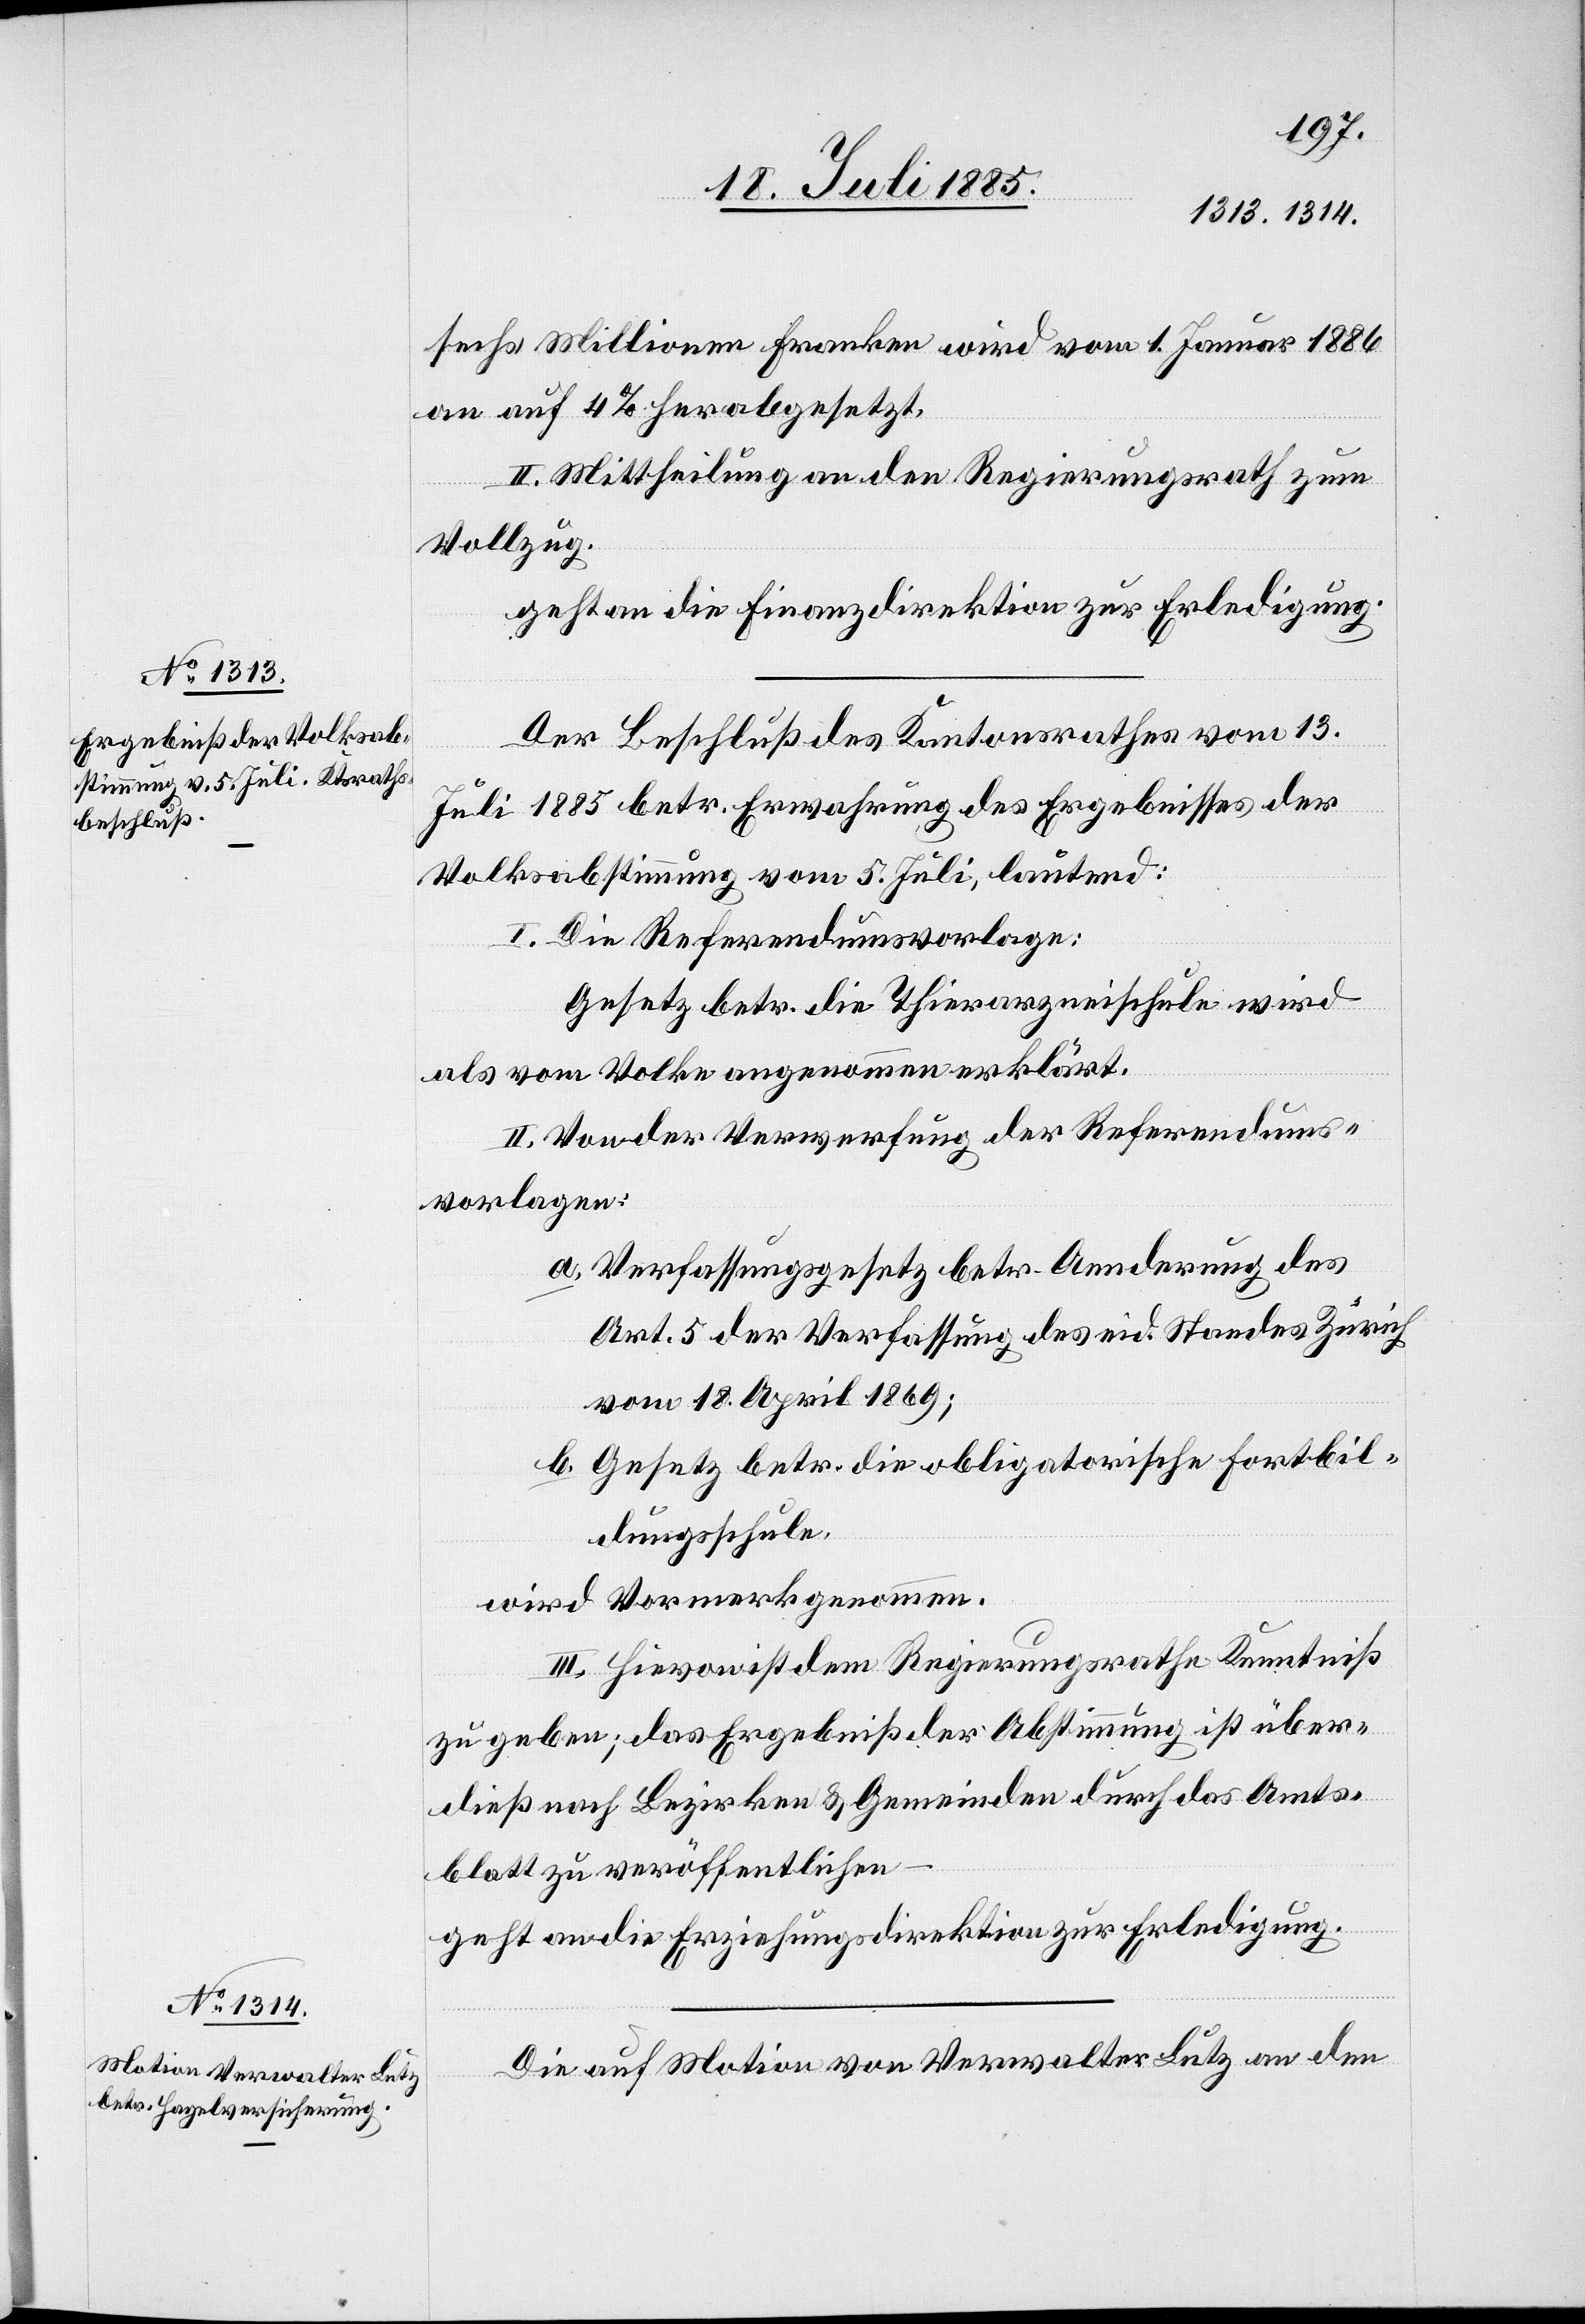
sechs Millionen Franken wird vom 1. Januar 1886
an auf 4% herabgesetzt.
II. Mittheilung an den Regierungsrath zum
Vollzug.
geht an die Finanzdirektion zur Erledigung.
Der Beschluß des Kantonsrathes vom 13.
Juli 1885 betr. Erwahrung des Ergebnisses der
Volksabstimmung vom 5. Juli, lautend:
I. Die Referendumsvorlage:
Gesetz betr. die Thierarzneischule wird
als vom Volke angenommen erklärt.
II. Von der Verwerfung der Referendums¬
vorlagen:
a. Verfassungsgesetz betr. Aenderung des
Art. 5 der Verfassung des eid. Standes Zürich
vom 18. April 1869;
b. Gesetz betr. die obligatorische Fortbil¬
dungsschule.
wird Vormerk genommen.
III. Hievon ist dem Regierungsrathe Kenntniß
zu geben; das Ergebniß der Abstimmung ist über¬
dieß nach Bezirken & Gemeinden durch das Amts¬
blatt zu veröffentlichen
geht an die Erziehungsdirektion zur Erledigung.
Die auf Motion von Verwalter Lutz an den